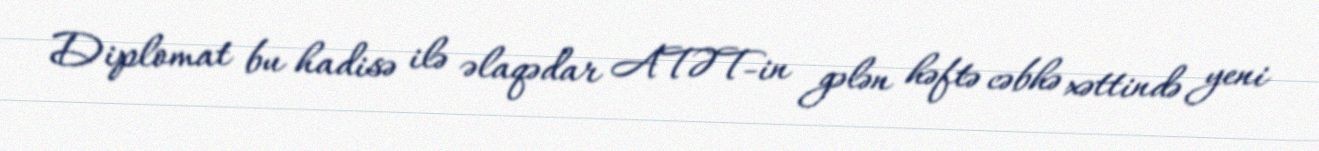
Diplomat bu hadisə ilə əlaqədar ATƏT-in gələn həftə cəbhə xəttində yeni